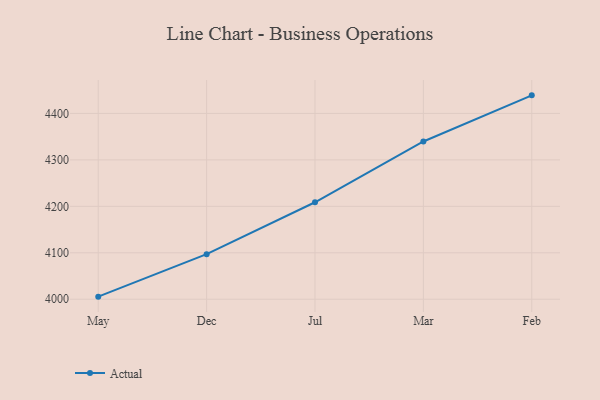
{"axis": {"x": "Month", "y": "Active Users"}, "legend": ["Actual"], "data": [{"x": "May", "y": 4005.6, "type": "Actual"}, {"x": "Dec", "y": 4097.1, "type": "Actual"}, {"x": "Jul", "y": 4208.8, "type": "Actual"}, {"x": "Mar", "y": 4339.6, "type": "Actual"}, {"x": "Feb", "y": 4438.9, "type": "Actual"}]}